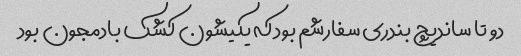
دو تا ساندیچ بندری سفارشم بود که یکیشون کشک بادمجون بود